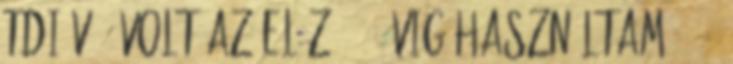
TDI v70 volt az előző, 7 évig használtam, 170